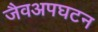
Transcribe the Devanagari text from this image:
जैवअपघटन